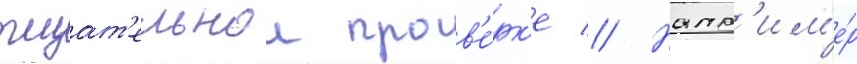
тщат'ельнои пров'е́рк'е // Напр'им'е́р